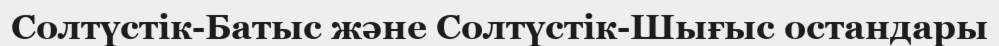
Солтүстік-Батыс және Солтүстік-Шығыс остандары